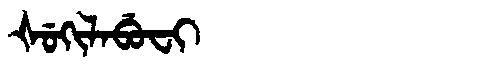
Manchu: ᡧᡠᡴᡳᠯᠠᠪᡠᠸᡳ
Romanization: ŠUKILABUFI